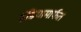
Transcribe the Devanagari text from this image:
इंडियामार्फत